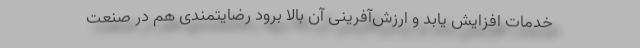
خدمات افزایش یابد و ارزش‌آفرینی آن بالا برود رضایتمندی هم در صنعت